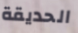
الحديقة